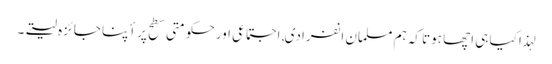
لہذا کیا ہی اچھا ہوتا کہ ہم مسلمان انفرادی, اجتماعی اور حکومتی سطح پر أپنا جائزہ لیتے۔